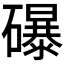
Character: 𥗋